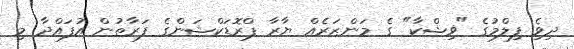
ދިވެި ފިލްމުގެ "ޥިޝްކާ" ގެ މަންޒަރެއް ޔާރާ ޕްރޮޑަކްޝަންގެ ފަރާތުން އުފައްދާ މި